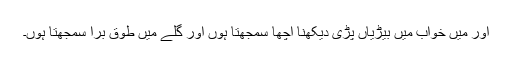
اور میں خواب میں بیڑیاں پڑی دیکھنا اچھا سمجھتا ہوں اور گلے میں طوق بُرا سمجھتا ہوں۔